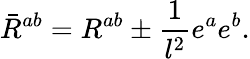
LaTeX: \bar{R}^{ab}=R^{ab}\pm\frac{1}{l^{2}}e^{a}e^{b}.